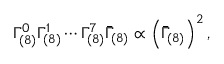
\Gamma _ { ( 8 ) } ^ { 0 } \Gamma _ { ( 8 ) } ^ { 1 } \cdots \Gamma _ { ( 8 ) } ^ { 7 } \bar { \Gamma } _ { ( 8 ) } \propto \left( \bar { \Gamma } _ { ( 8 ) } \right) ^ { 2 } ,